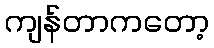
ကျန်တာကတော့